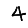
Digit: 4